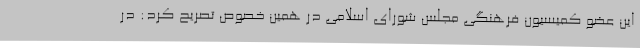
این عضو کمیسیون فرهنگی مجلس شورای اسلامی در همین خصوص تصریح کرد: در